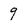
Character: 9